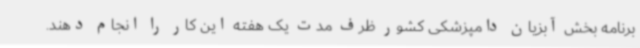
برنامه بخش آبزیان دامپزشکی کشور ظرف مدت یک هفته این کار را انجام دهند.